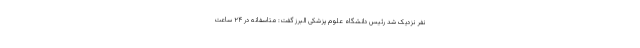
نفر نزدیک شد رئیس دانشگاه علوم پزشکی البرز گفت: متاسفانه در ۲۴ ساعت